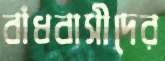
বাঁধবাসীদের